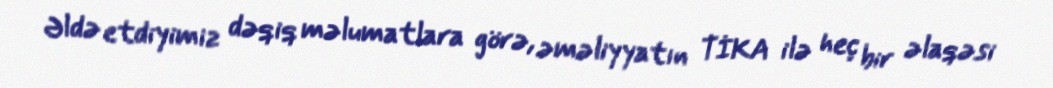
Əldə etdiyimiz dəqiq məlumatlara görə, əməliyyatın TİKA ilə heç bir əlaqəsi